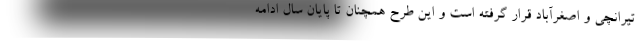
تیرانچی و اصغرآباد قرار گرفته است و این طرح همچنان تا پایان سال ادامه